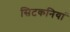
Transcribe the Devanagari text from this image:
सिटकनियां